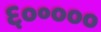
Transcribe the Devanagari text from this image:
६०॰०००